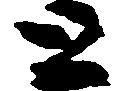
と